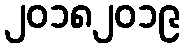
၂၀၁၈၂၀၁၉